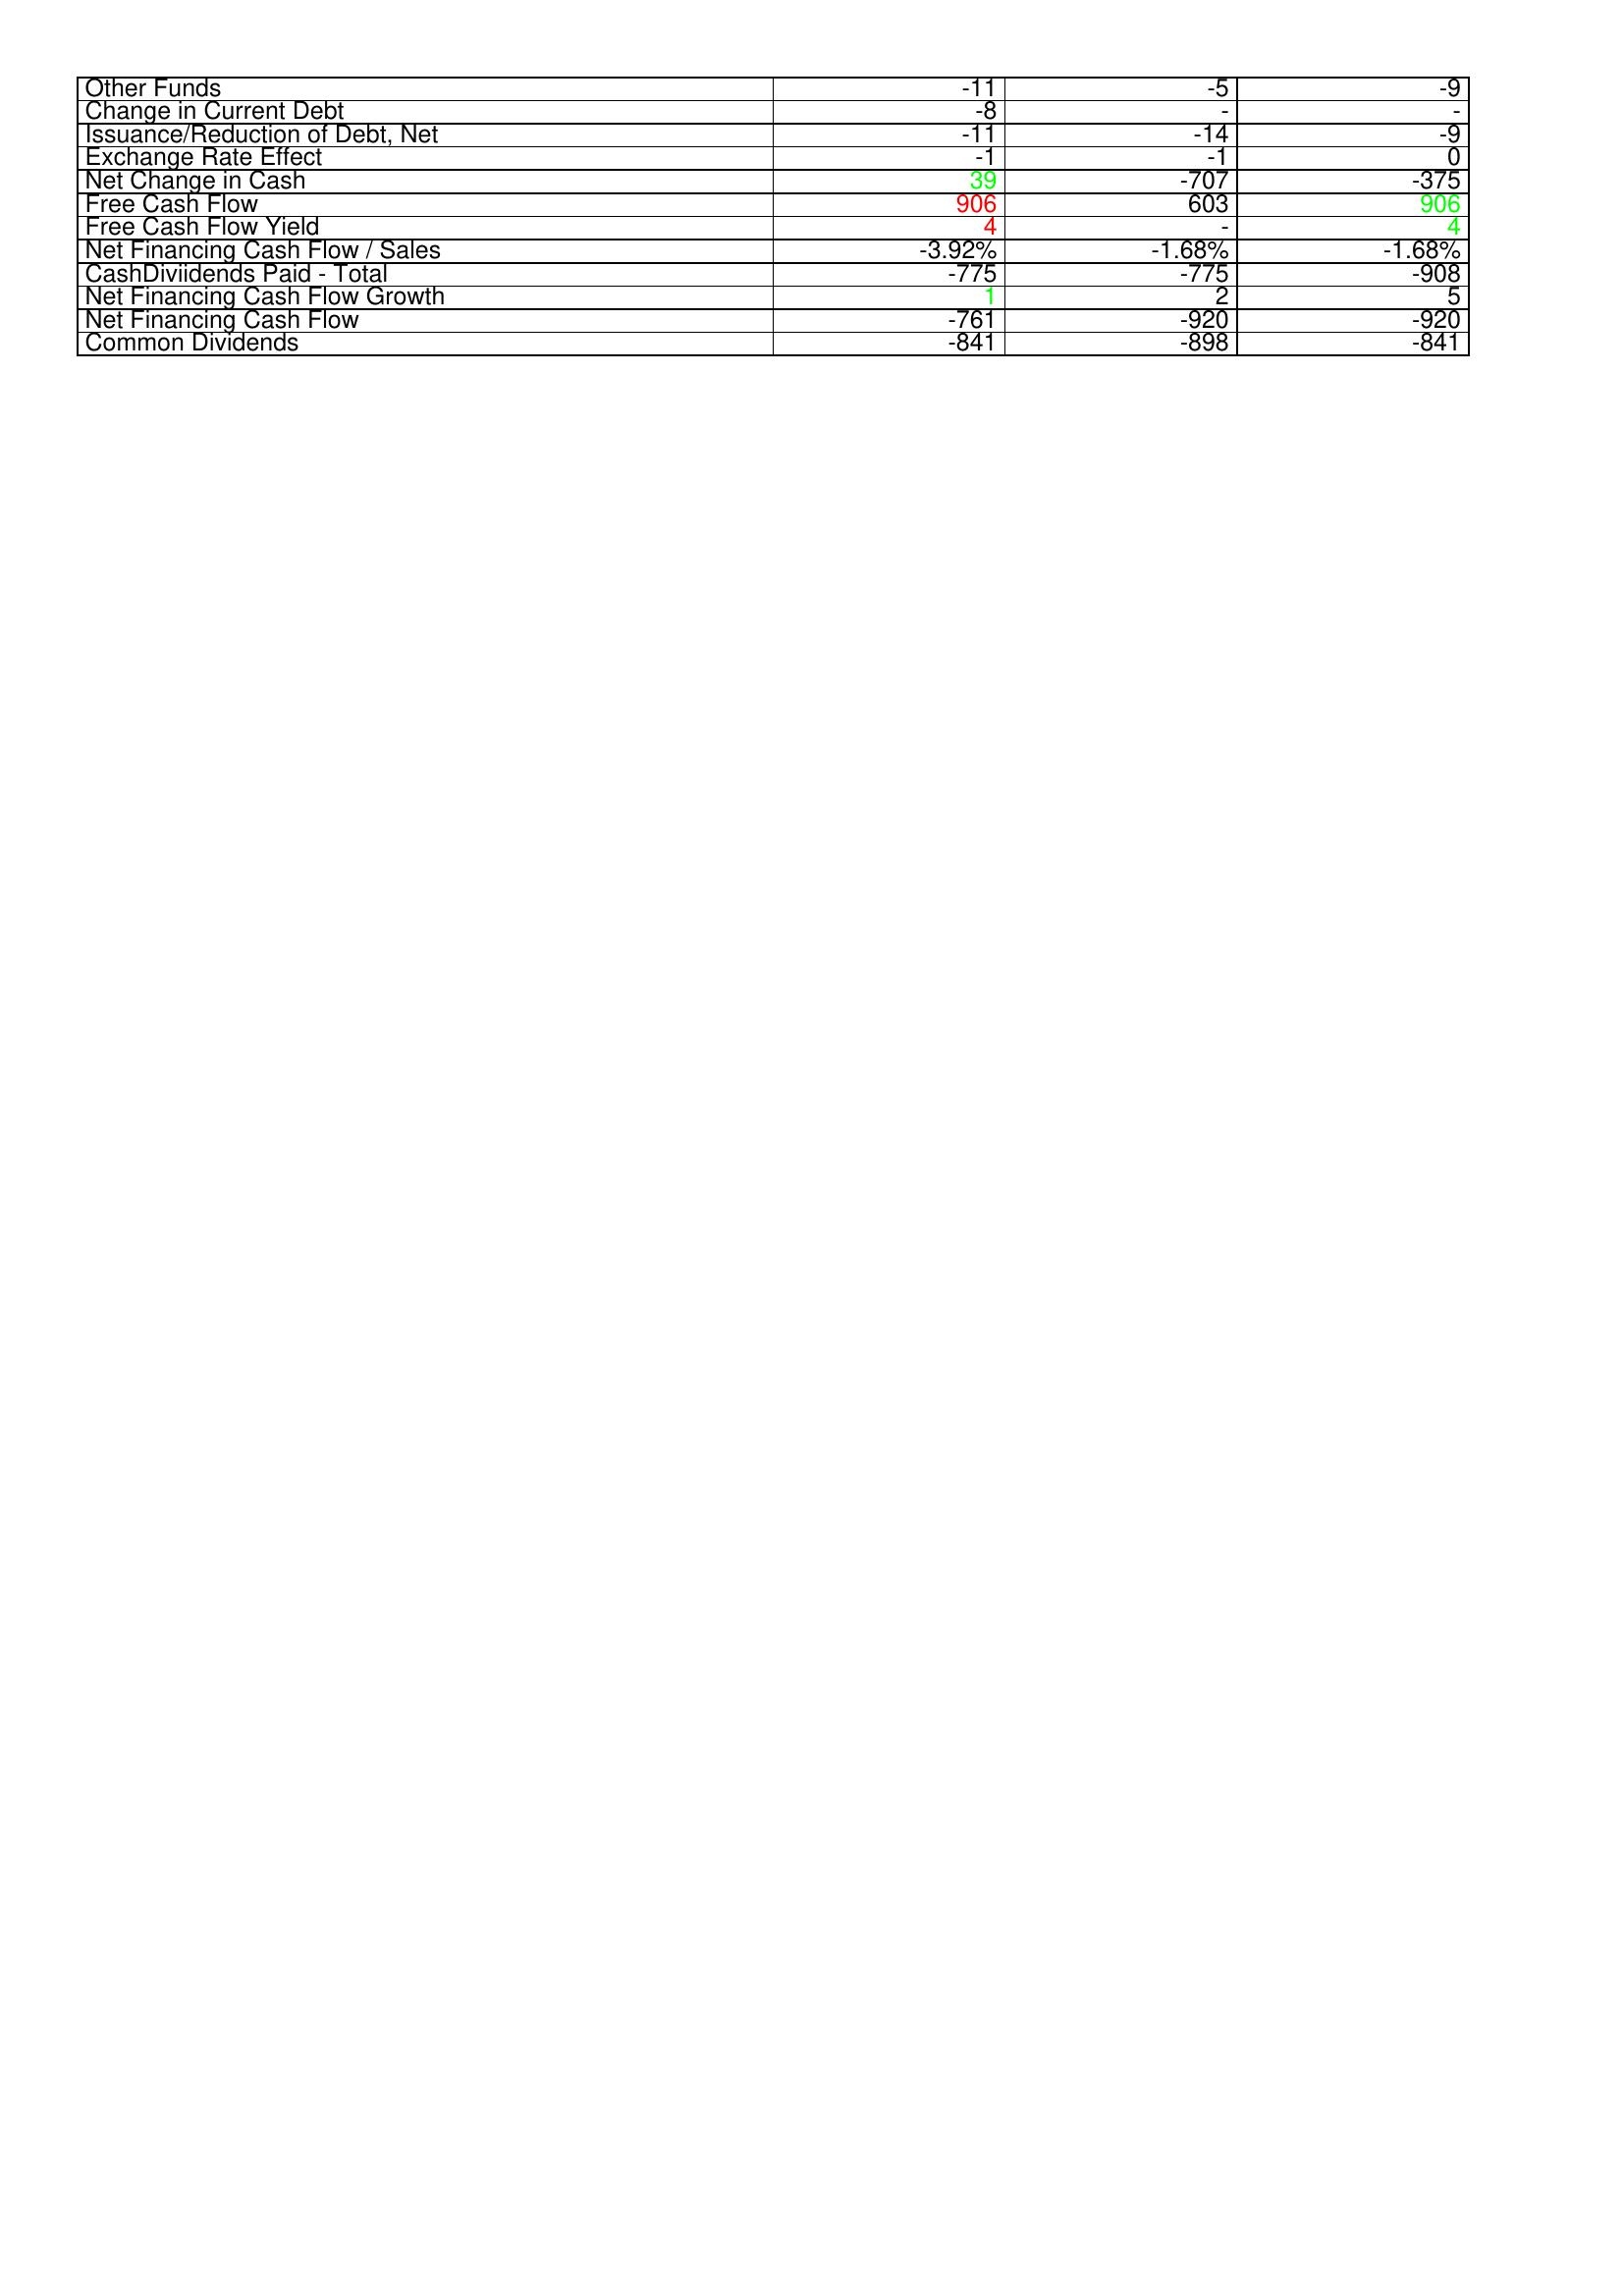
gt_parse: 2010: Financing Activities: Other Funds: -11
Change in Current Debt: -8
Issuance/Reduction of Debt, Net: -11
Exchange Rate Effect: -1
Net Change in Cash: 39
Free Cash Flow: 906
Free Cash Flow Yield: 4
Net Financing Cash Flow / Sales: -3.92%
CashDiviidends Paid - Total: -775
Net Financing Cash Flow Growth: 1
Net Financing Cash Flow: -761
Common Dividends: -841
2011: Financing Activities: Other Funds: -5
Change in Current Debt: -
Issuance/Reduction of Debt, Net: -14
Exchange Rate Effect: -1
Net Change in Cash: -707
Free Cash Flow: 603
Free Cash Flow Yield: -
Net Financing Cash Flow / Sales: -1.68%
CashDiviidends Paid - Total: -775
Net Financing Cash Flow Growth: 2
Net Financing Cash Flow: -920
Common Dividends: -898
2012: Financing Activities: Other Funds: -9
Change in Current Debt: -
Issuance/Reduction of Debt, Net: -9
Exchange Rate Effect: 0
Net Change in Cash: -375
Free Cash Flow: 906
Free Cash Flow Yield: 4
Net Financing Cash Flow / Sales: -1.68%
CashDiviidends Paid - Total: -908
Net Financing Cash Flow Growth: 5
Net Financing Cash Flow: -920
Common Dividends: -841